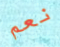
نعم